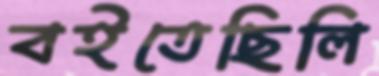
বইতেছিলি